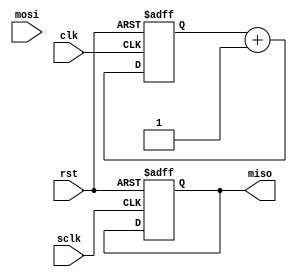
module spi_controller (
    input wire clk, // clock signal
    input wire rst, // reset signal
    input wire sclk, // serial clock signal
    input wire mosi, // master output, slave input signal
    output reg miso // master input, slave output signal
);

// Clock signal generation module
reg [3:0] counter;
always @ (posedge clk or posedge rst)
begin
    if (rst)
        counter <= 4'b0000;
    else
    begin
        counter <= counter + 1;
    end
end

assign sclk = counter[3]; // generate sclk signal from counter

// Data transfer timing control module
reg [7:0] data_reg;
always @ (posedge sclk or posedge rst)
begin
    if (rst)
        data_reg <= 8'b00000000;
    else
    begin
        // handle data transfer timing here
    end
end

// Data synchronization module
always @ (posedge sclk or posedge rst)
begin
    if (rst)
        miso <= 1'b0;
    else
    begin
        // handle data synchronization here
    end
end

// Slave device selection module
reg slave_select;
always @ (posedge sclk or posedge rst)
begin
    if (rst)
        slave_select <= 1'b0;
    else
    begin
        // handle slave device selection here
    end
end

// Data transfer rate management module
reg [3:0] baud_rate;
always @ (posedge sclk or posedge rst)
begin
    if (rst)
        baud_rate <= 4'b0000;
    else
    begin
        // handle data transfer rate management here
    end
end

// Error detection and correction module
reg error_detected;
always @ (posedge sclk or posedge rst)
begin
    if (rst)
        error_detected <= 1'b0;
    else
    begin
        // handle error detection and correction here
    end
end

endmodule